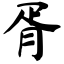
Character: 胥